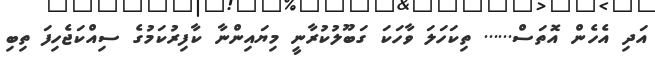
އަދި އެހެން އޮތަސް...... ތިކަހަލަ ވާހަކަ ގަބޫލުކުރާނީ މިޔައިންނާ ކާފިރުކަމުގެ ސިއްކަޖެހިފަ ތިބި